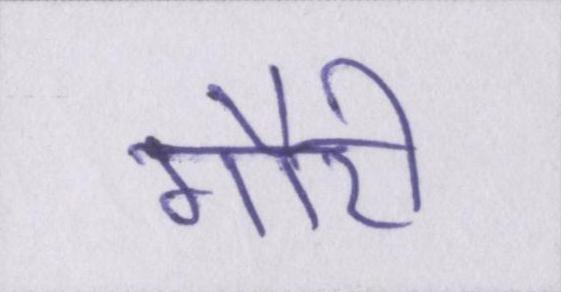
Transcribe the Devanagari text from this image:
गौरी